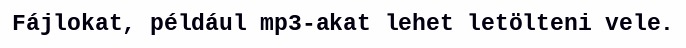
Fájlokat, például mp3-akat lehet letölteni vele.